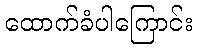
ထောက်ခံပါကြောင်း